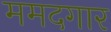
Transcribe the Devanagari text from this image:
ममदगार